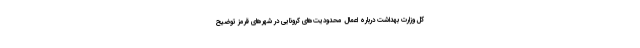
کل وزارت بهداشت درباره اعمال محدودیت‌های کرونایی در شهرهای قرمز توضیح